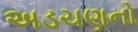
અડચણનો